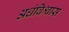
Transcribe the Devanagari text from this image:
अधंविश्वास